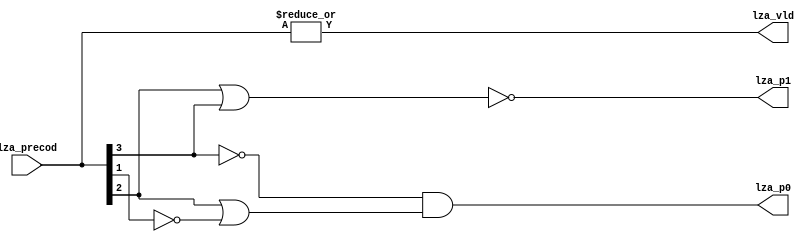
// This program was cloned from: https://github.com/T-head-Semi/openc910
// License: Apache License 2.0

/*Copyright 2019-2021 T-Head Semiconductor Co., Ltd.

Licensed under the Apache License, Version 2.0 (the "License");
you may not use this file except in compliance with the License.
You may obtain a copy of the License at

    http://www.apache.org/licenses/LICENSE-2.0

Unless required by applicable law or agreed to in writing, software
distributed under the License is distributed on an "AS IS" BASIS,
WITHOUT WARRANTIES OR CONDITIONS OF ANY KIND, either express or implied.
See the License for the specific language governing permissions and
limitations under the License.
*/

// &ModuleBeg; @23
module ct_vfmau_lza_42(
  lza_p0,
  lza_p1,
  lza_precod,
  lza_vld
);

// &Ports; @24
input   [3:0]  lza_precod; 
output         lza_p0;    
output         lza_p1;    
output         lza_vld;   

// &Regs; @25

// &Wires; @26
wire           lza_p0;    
wire           lza_p1;    
wire    [3:0]  lza_precod; 
wire           lza_vld;   


assign lza_vld = |lza_precod[3:0];
assign lza_p0  = !lza_precod[3] && (lza_precod[2] || !lza_precod[1]);
assign lza_p1  = !(lza_precod[2] || lza_precod[3]);

// &ModuleEnd; @32
endmodule